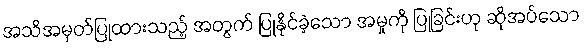
အသိအမှတ်ပြုထားသည့် အတွက် ပြုနိုင်ခဲ့သော အမှုကို ပြုခြင်းဟု ဆိုအပ်သော